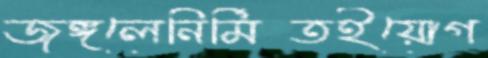
জঙ্গলেনির্মিতইয়োগ